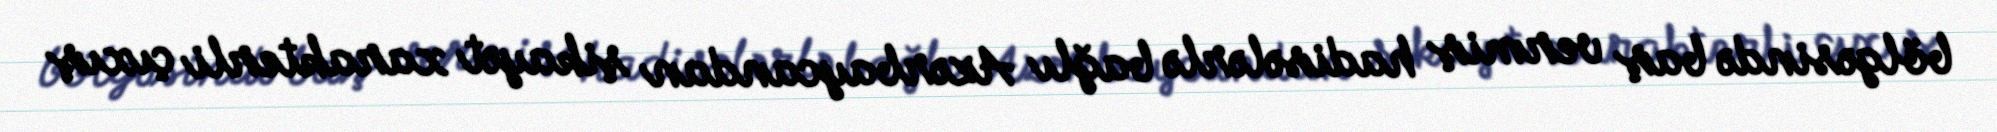
bölgəsində baş vermiş hadisələrlə bağlı Azərbaycandan şikayət xarakterli çıxış